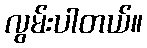
လွမ်းပါတယ်။